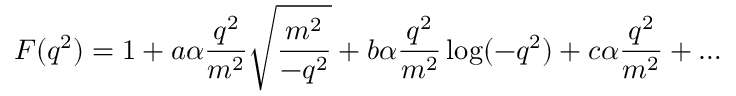
F ( q ^ { 2 } ) = 1 + a \alpha { \frac { q ^ { 2 } } { m ^ { 2 } } } \sqrt { \frac { m ^ { 2 } } { - q ^ { 2 } } } + b \alpha { \frac { q ^ { 2 } } { m ^ { 2 } } } \log ( - q ^ { 2 } ) + c \alpha { \frac { q ^ { 2 } } { m ^ { 2 } } } + \ldots